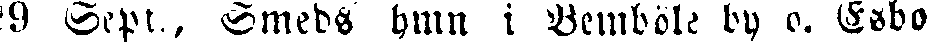
29 Sept., Smeds hmn i Bemböle by o. Esbo